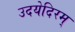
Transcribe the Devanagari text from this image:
उदयेदिरम्